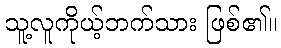
သူ့လူကိုယ့်ဘက်သား ဖြစ်၏။